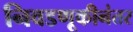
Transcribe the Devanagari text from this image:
निवडणूकीनंतर